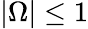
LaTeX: |\Omega|\le 1